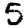
Digit: 5